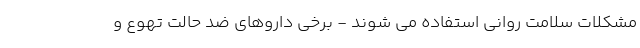
مشکلات سلامت روانی استفاده می شوند - برخی داروهای ضد حالت تهوع و